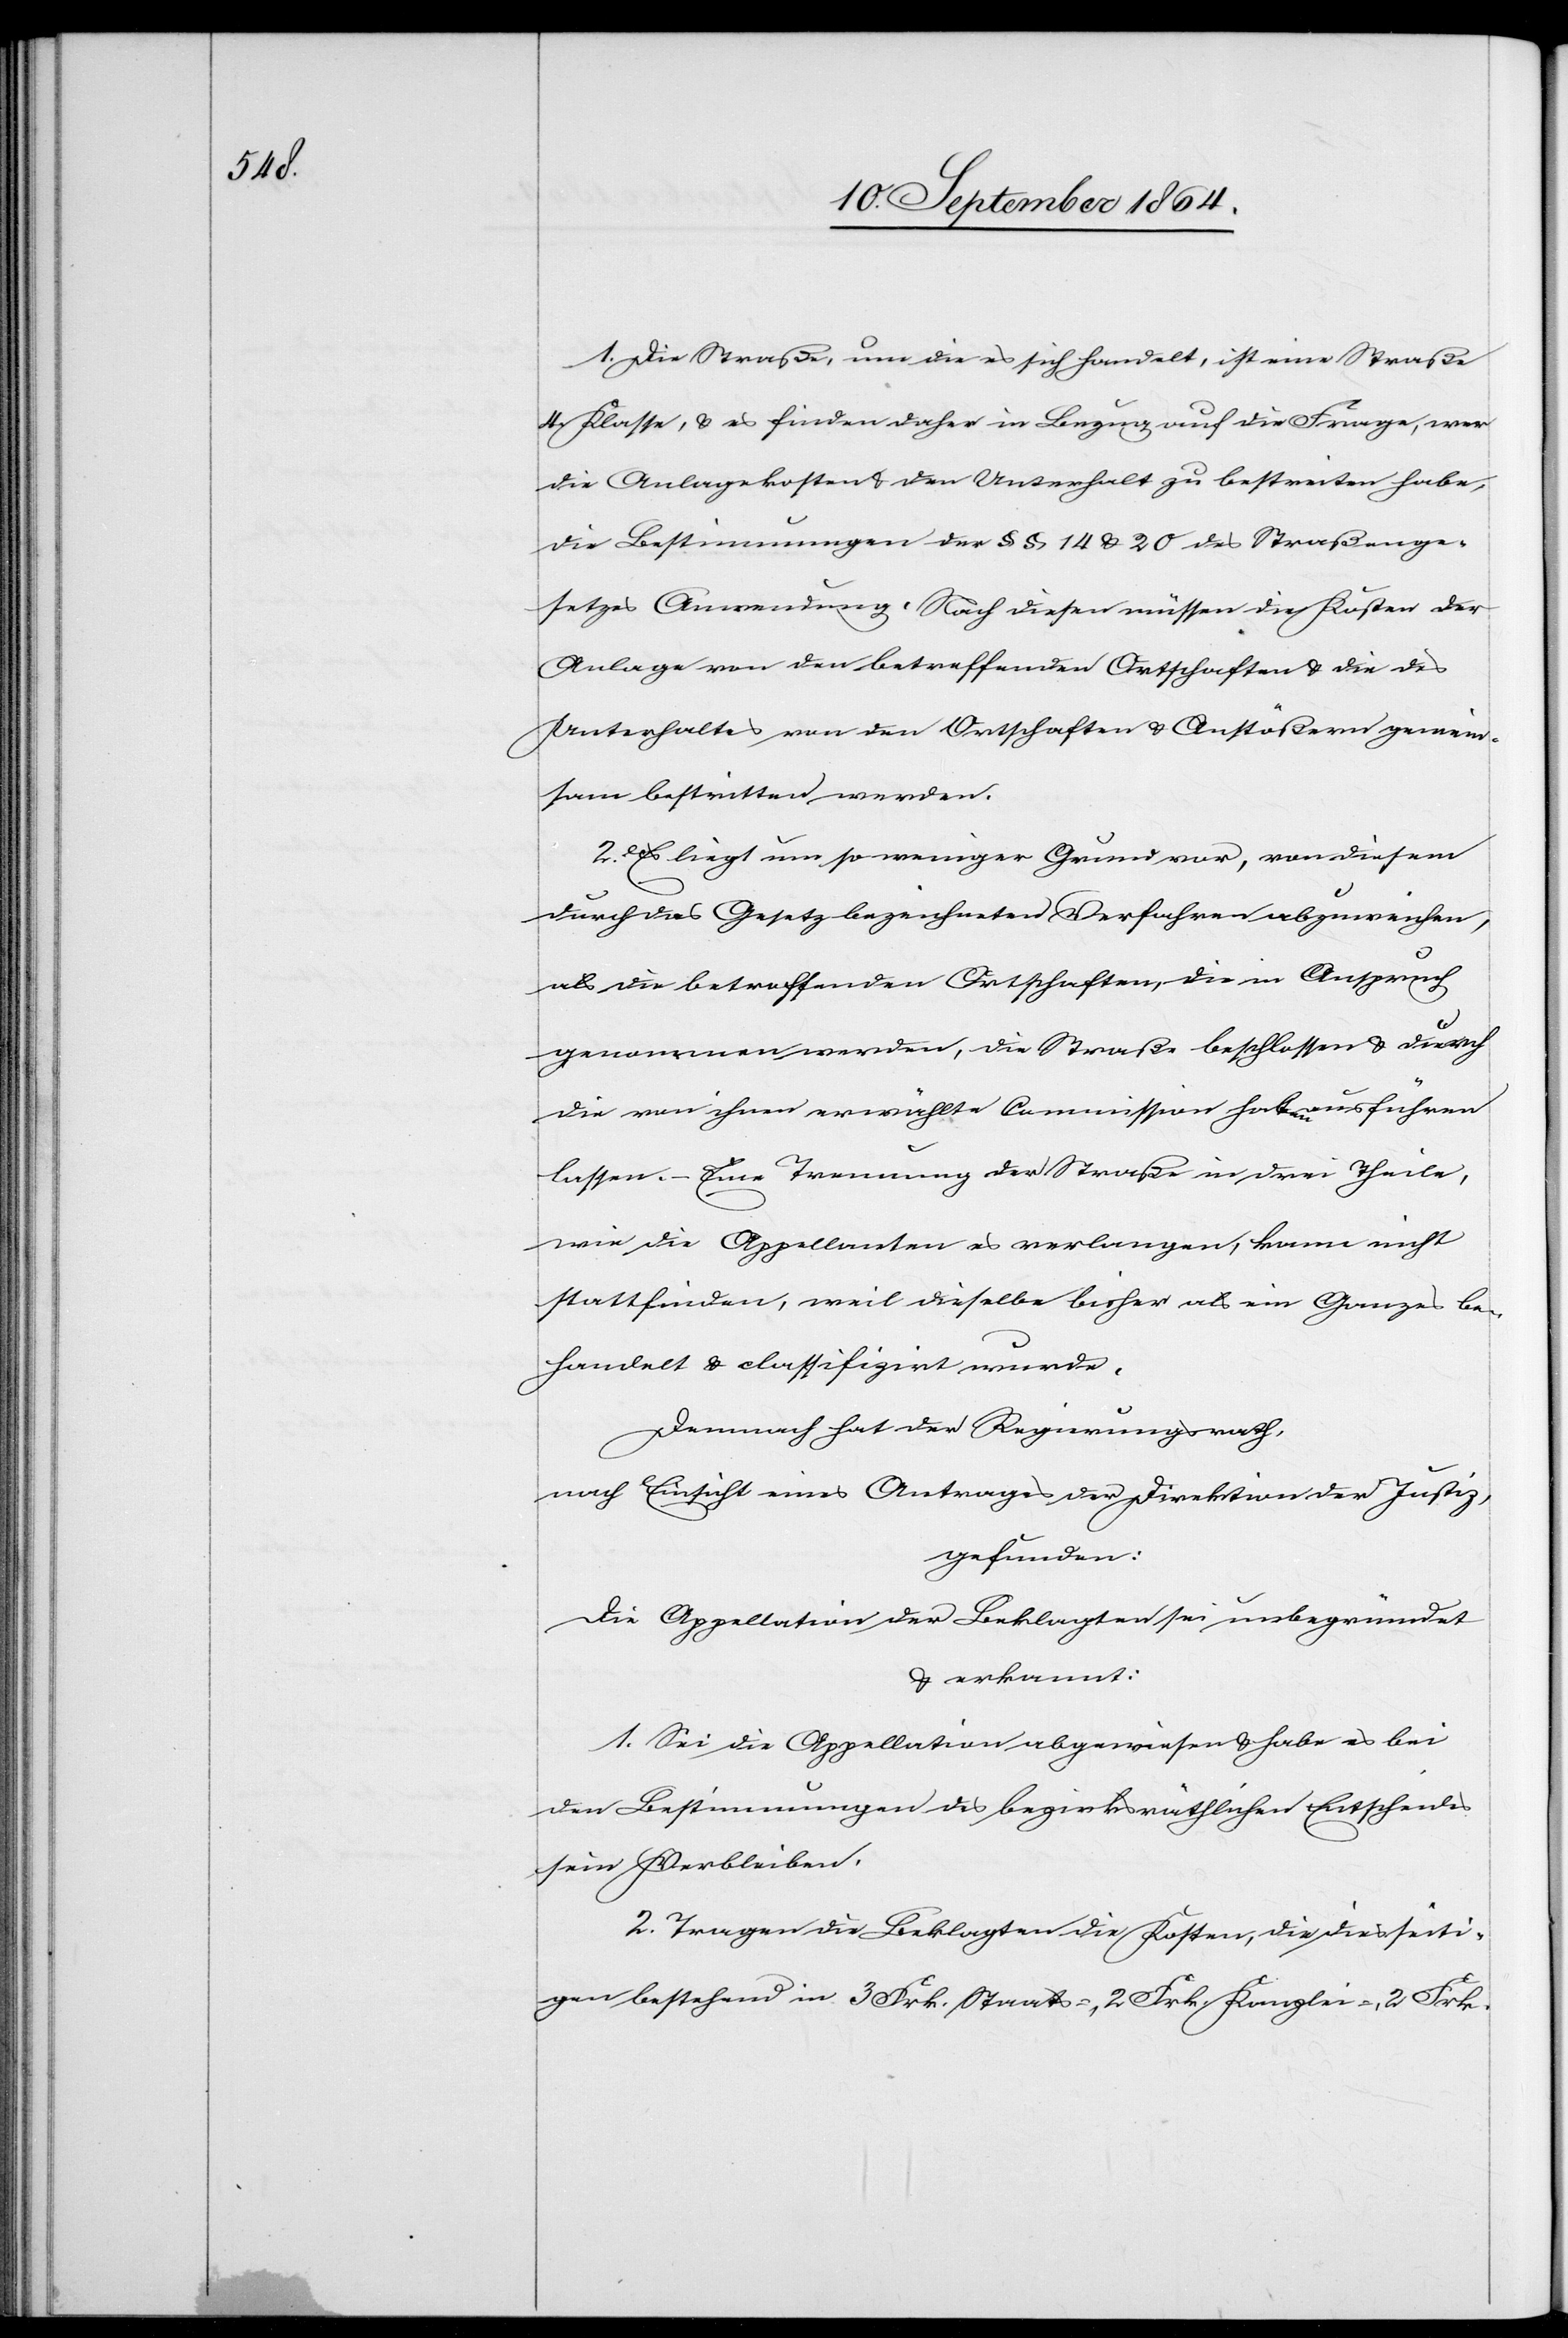
1. Die Straße, um die es sich handelt, ist eine Straße
4. Klasse, & es finden daher in Bezug auf die Frage, wer
die Anlagekosten & den Unterhalt zu bestreiten habe,
die Bestimmungen der §§ 14 & 20 des Straßenge¬
setzes Anwendung. Nach diesen müssen die Kosten der
Anlage von den betreffenden Ortschaften & die des
Unterhaltes von den Ortschaften & Anstößern gemein¬
sam bestritten werden.
2. Es liegt um so weniger Grund vor, von diesem
durch das Gesetz bezeichneten Verfahren abzuweichen,
als die betroffenden [sic!] Ortschaften, die in Anspruch
genommen werden, die Straße beschlossen & durch
die von ihnen erwählte Commission haben ausführen
lassen. – Eine Trennung der Straße in drei Theile,
wie die Appellanten es verlangen, kann nicht
stattfinden, weil dieselbe bisher als ein Ganzes be¬
handelt & classifizirt wurde.
Demnach hat der Regierungsrath,
nach Einsicht eines Antrages der Direktion der Justiz,
gefunden:
Die Appellation der Beklagten sei unbegründet
& erkannt:
1. Sei die Appellation abgewiesen & habe es bei
den Bestimmungen des bezirksräthlichen Entscheides
sein Verbleiben.
2. Tragen die Beklagten die Kosten, die diesseiti¬
gen bestehend in 3 Frk. Staats-, 2 Frk. Kanzlei-, 2 Frk.